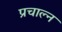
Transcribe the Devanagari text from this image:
प्रचाल्न